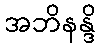
အဘိနန္ဒိ